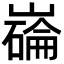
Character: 𫶗